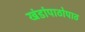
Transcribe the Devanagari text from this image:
खंडांपाठोपाठ